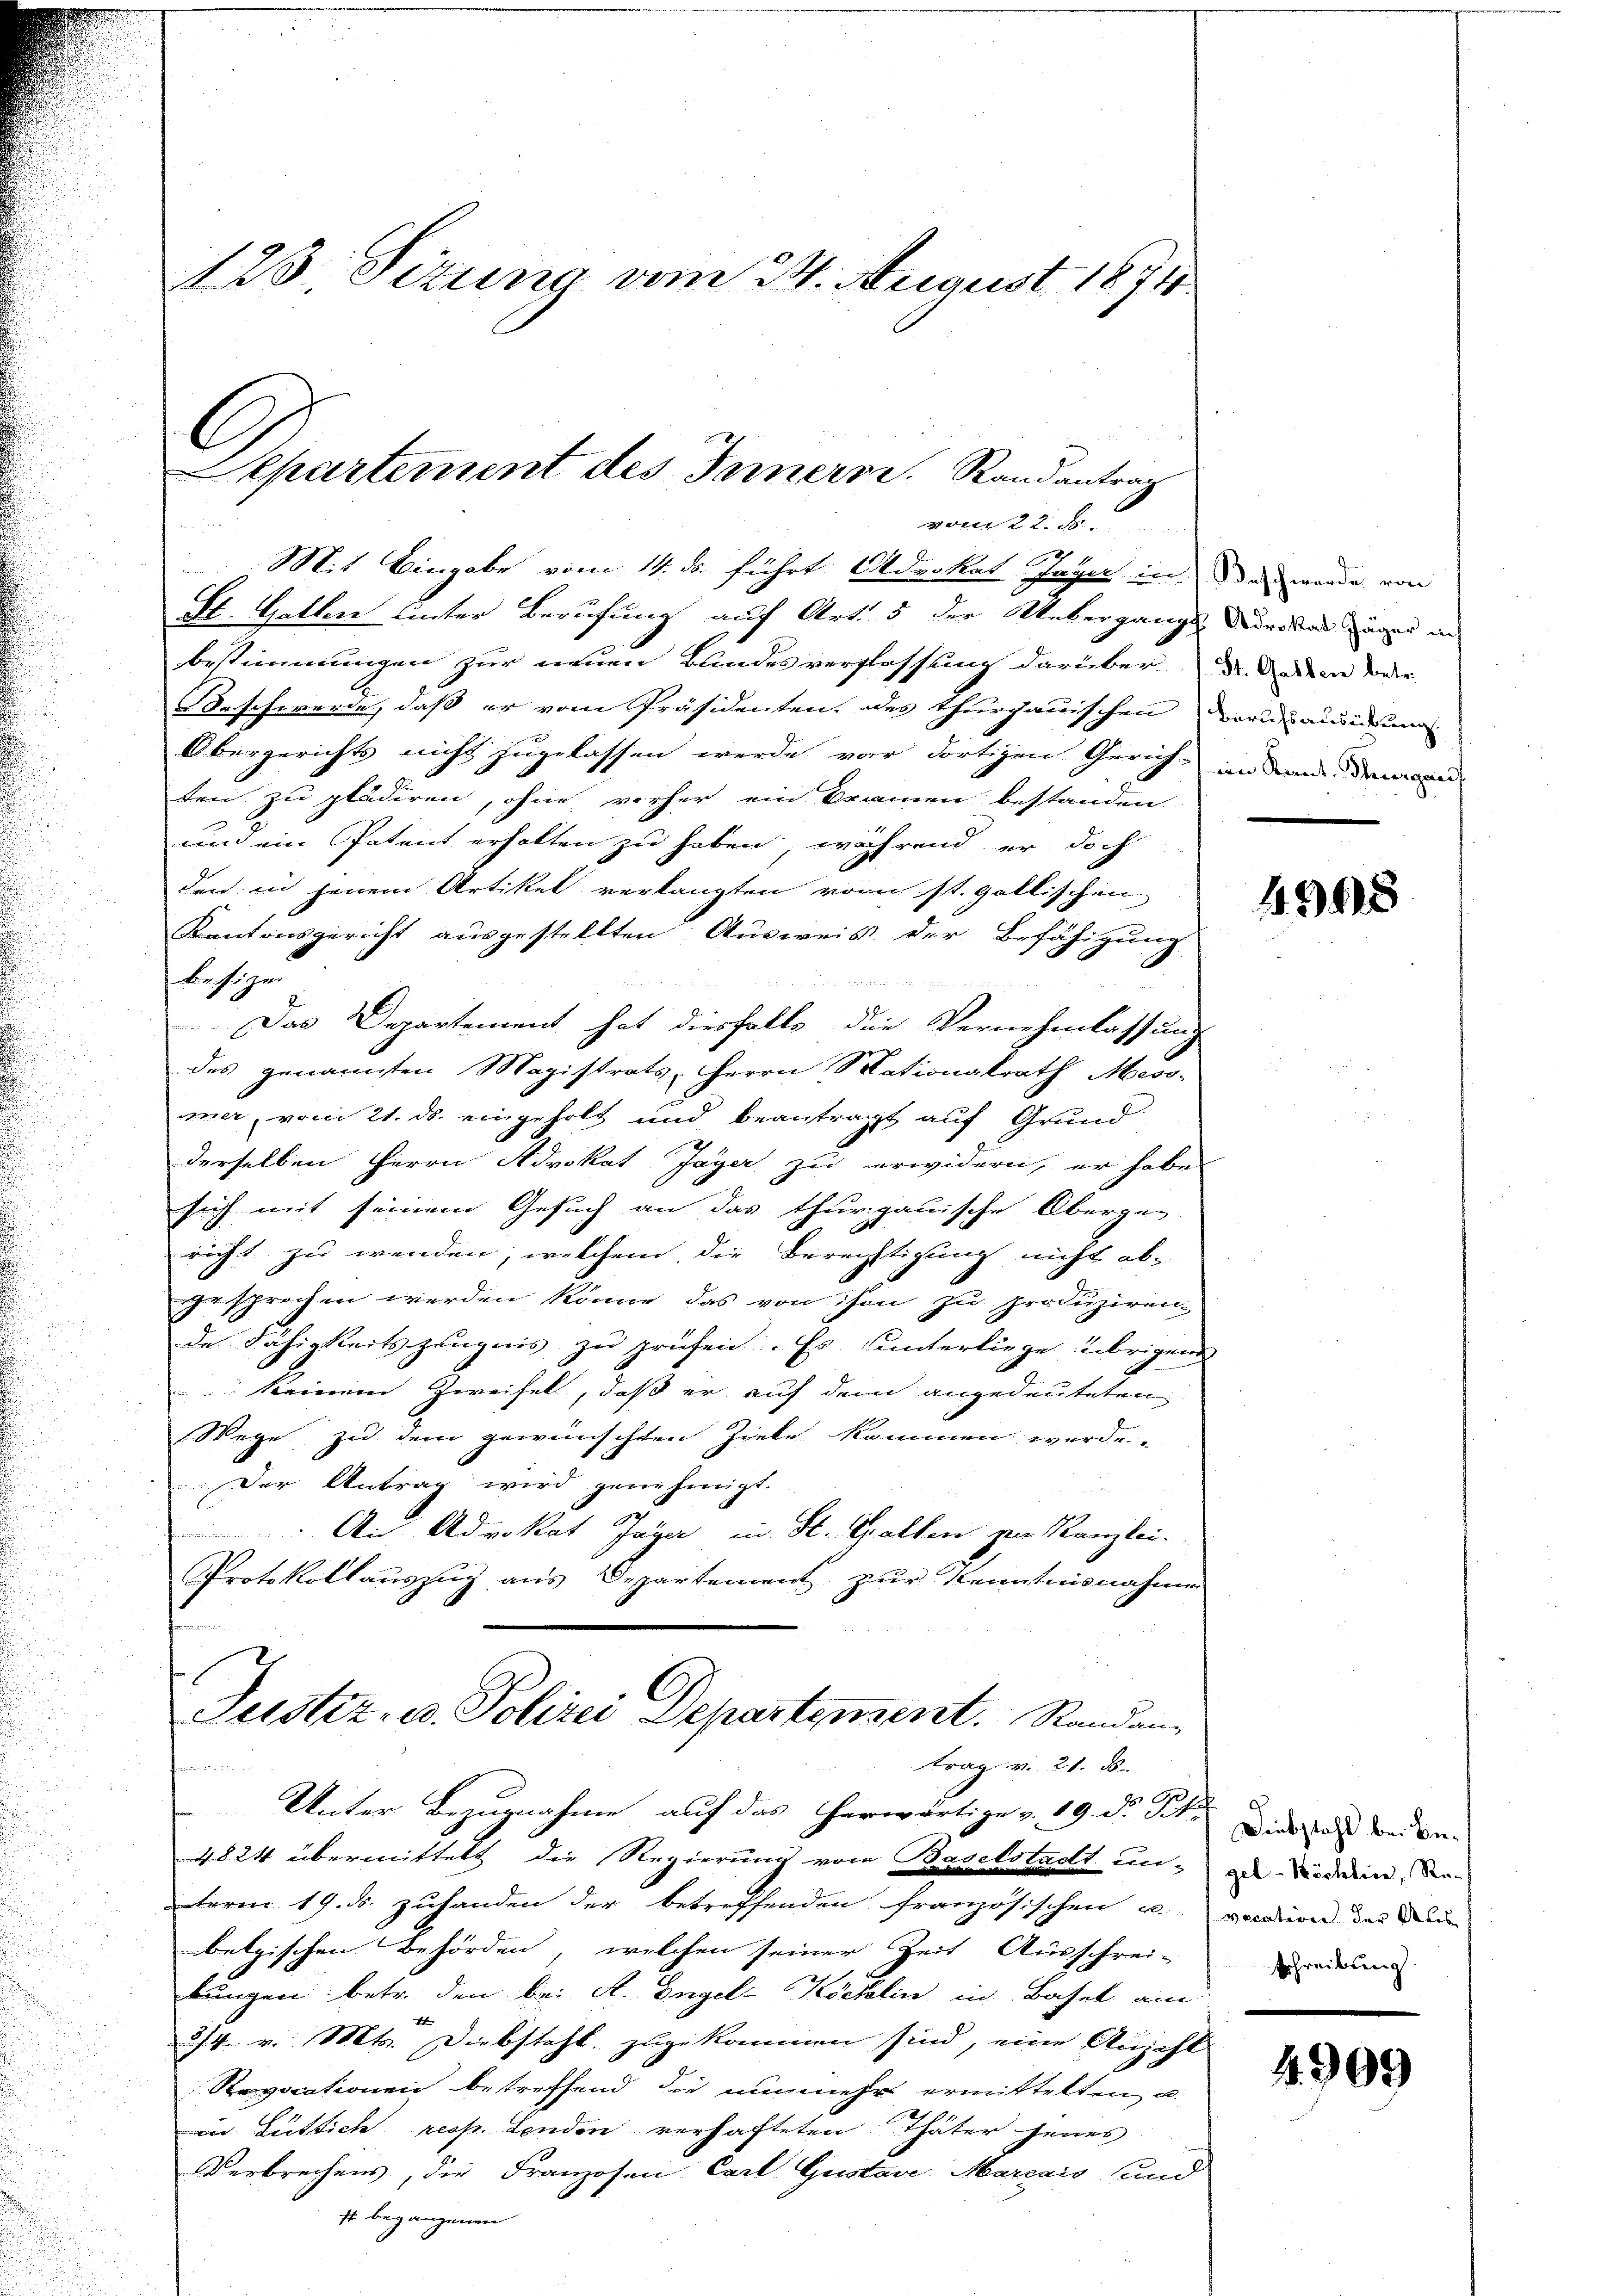
123 Sizung vom 24. August 1871

G
Separtement des Innern. Randantrag
vom 22. ds.

54
Mit Eingabe vom 14. ds. führt Advokat sage in da werde, von
St. Gatten unter Berufung auf Art. 5 der Uebergangen dunker und in
bestimmungen zur neuen Bundesverfassung darüber die Andern oder
Beschwerde, daß er vom Präsidenten des Thurgauischen vorausierung
Obergerichts nicht zugelassen werde vor dortigen Gerich- an dem demann
ten zu studiren, ohne vorher ein Bramen bestanden
1
und ein Patent erholten zu haben, während er doch
den in jenem Artikel verlangten vom st. gallischen
Kantonsgericht ausgestellten Ausweis der Befähigung
besizen
Das Departement hat diesfalls die Vernehmlassung
des genannten Magistrats Herrn Stationalrath Mess-
mer, vom 21. ds. eingeholt und beantragt auf Grundderselben Herrn Advokat Jäger zu erwidern, er habe
sich mit seinem Gesuch an das thurgauische Obergan
richt zu wenden, welchem die Berechtigung nicht abihrsprochen werden könne das von ihn zu produziren
de Fähigkeitszeugnis zu prüfen. Es unterliege übrigen
 keinem Zweifel, daß er auf dem angedeuteten
Wege zu dem gewünschten Ziele kommen werde.
Der Antrag wird genehmigt.
An Advokat Tage in St. Gallen zur Kanzlei.
Protokollauszug aus Departement zur Kenntnisnahmen
1
Justiz- u. Polizei Departement. Randanrag. v. 21. ds.
fammen.
Unter Bezugnahme auf das herwärtige v. 19. d. Tit.
4824 übermittelt die Regierung vom K.
tstadt un-
u
term 19. ds. zuhanden der betreffenden französischen u.
betzischen Behörden, welchen seiner Zeit Ausschrei-
bungen betr. den bei A. Engel-Köchlin in Basel am
4
2/4. v. Mts. Diebstahl zugekommen sind, eine Anzahl
Repocationen betreffend die nunmehr ermittelten, u.
in Lüttich resp. Landen verhafteten Thäter jenes
Verbrechens, die Franzosen Carl Gustave Marcais und
st begangenen

4. 368

Diebstahl bei Begel-Köchlin, Re-
vecation der Aus
Schreibung

4909